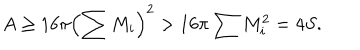
A \geq 1 6 \pi \left( \sum M _ { i } \right) ^ { 2 } > 1 6 \pi \sum M _ { i } ^ { 2 } = 4 S .